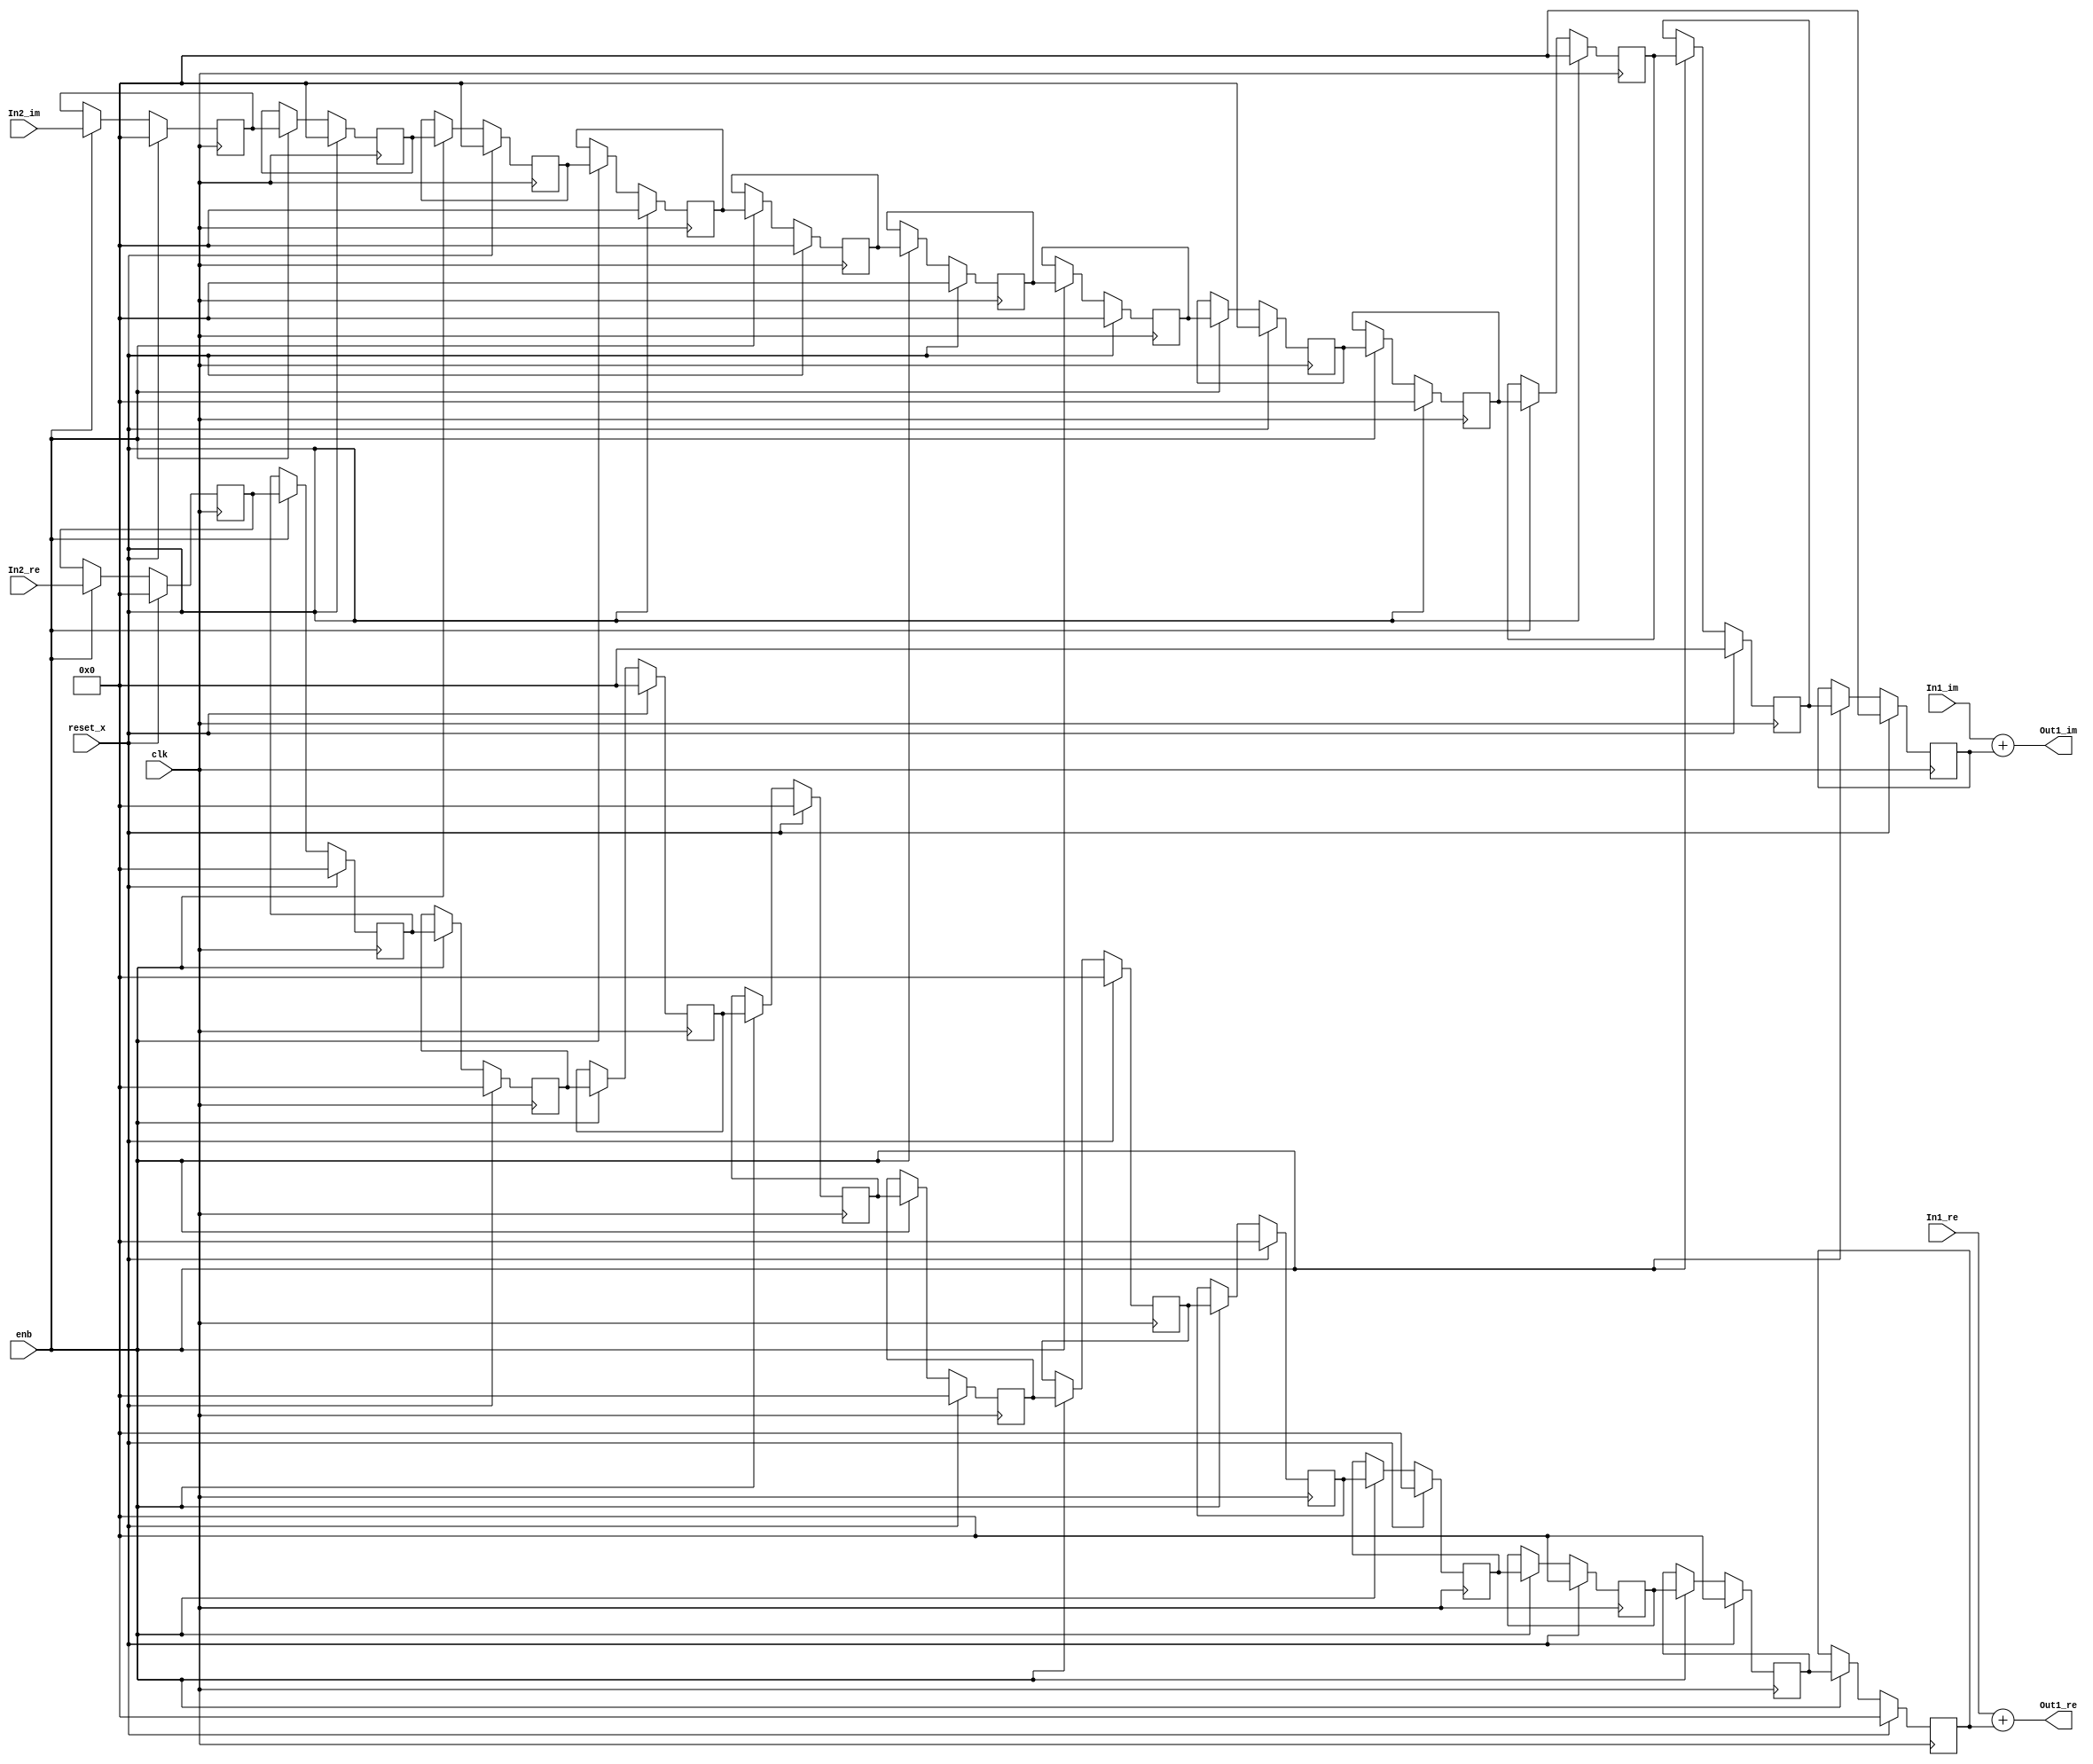
// -------------------------------------------------------------
// 
// 
// Generated by MATLAB 9.8 and HDL Coder 3.16
// 
// -------------------------------------------------------------


// -------------------------------------------------------------
// 
// Module: Complex_Sum3_block16
// Source Path: newhope_cambios/FDHT/DFT_2/DFT10 - block_2/DFT5-row 1/DFT5-3/Complex-Sum3
// Hierarchy Level: 5
// 
// -------------------------------------------------------------

`timescale 1 ns / 1 ns

module Complex_Sum3_block16
          (clk,
           reset_x,
           enb,
           In1_re,
           In1_im,
           In2_re,
           In2_im,
           Out1_re,
           Out1_im);


  input   clk;
  input   reset_x;
  input   enb;
  input   signed [36:0] In1_re;  // sfix37_En22
  input   signed [36:0] In1_im;  // sfix37_En22
  input   signed [36:0] In2_re;  // sfix37_En22
  input   signed [36:0] In2_im;  // sfix37_En22
  output  signed [36:0] Out1_re;  // sfix37_En22
  output  signed [36:0] Out1_im;  // sfix37_En22


  reg signed [36:0] delayMatch_reg [0:11];  // sfix37 [12]
  wire signed [36:0] delayMatch_reg_next [0:11];  // sfix37_En22 [12]
  wire signed [36:0] Complex_to_Real_Imag2_out1;  // sfix37_En22
  wire signed [36:0] Sum_out1;  // sfix37_En22
  reg signed [36:0] delayMatch1_reg [0:11];  // sfix37 [12]
  wire signed [36:0] delayMatch1_reg_next [0:11];  // sfix37_En22 [12]
  wire signed [36:0] Complex_to_Real_Imag2_out2;  // sfix37_En22
  wire signed [36:0] Sum1_out1;  // sfix37_En22


  always @(posedge clk)
    begin : delayMatch_process
      if (reset_x == 1'b1) begin
        delayMatch_reg[0] <= 37'sh0000000000;
        delayMatch_reg[1] <= 37'sh0000000000;
        delayMatch_reg[2] <= 37'sh0000000000;
        delayMatch_reg[3] <= 37'sh0000000000;
        delayMatch_reg[4] <= 37'sh0000000000;
        delayMatch_reg[5] <= 37'sh0000000000;
        delayMatch_reg[6] <= 37'sh0000000000;
        delayMatch_reg[7] <= 37'sh0000000000;
        delayMatch_reg[8] <= 37'sh0000000000;
        delayMatch_reg[9] <= 37'sh0000000000;
        delayMatch_reg[10] <= 37'sh0000000000;
        delayMatch_reg[11] <= 37'sh0000000000;
      end
      else begin
        if (enb) begin
          delayMatch_reg[0] <= delayMatch_reg_next[0];
          delayMatch_reg[1] <= delayMatch_reg_next[1];
          delayMatch_reg[2] <= delayMatch_reg_next[2];
          delayMatch_reg[3] <= delayMatch_reg_next[3];
          delayMatch_reg[4] <= delayMatch_reg_next[4];
          delayMatch_reg[5] <= delayMatch_reg_next[5];
          delayMatch_reg[6] <= delayMatch_reg_next[6];
          delayMatch_reg[7] <= delayMatch_reg_next[7];
          delayMatch_reg[8] <= delayMatch_reg_next[8];
          delayMatch_reg[9] <= delayMatch_reg_next[9];
          delayMatch_reg[10] <= delayMatch_reg_next[10];
          delayMatch_reg[11] <= delayMatch_reg_next[11];
        end
      end
    end

  assign Complex_to_Real_Imag2_out1 = delayMatch_reg[11];
  assign delayMatch_reg_next[0] = In2_re;
  assign delayMatch_reg_next[1] = delayMatch_reg[0];
  assign delayMatch_reg_next[2] = delayMatch_reg[1];
  assign delayMatch_reg_next[3] = delayMatch_reg[2];
  assign delayMatch_reg_next[4] = delayMatch_reg[3];
  assign delayMatch_reg_next[5] = delayMatch_reg[4];
  assign delayMatch_reg_next[6] = delayMatch_reg[5];
  assign delayMatch_reg_next[7] = delayMatch_reg[6];
  assign delayMatch_reg_next[8] = delayMatch_reg[7];
  assign delayMatch_reg_next[9] = delayMatch_reg[8];
  assign delayMatch_reg_next[10] = delayMatch_reg[9];
  assign delayMatch_reg_next[11] = delayMatch_reg[10];



  assign Sum_out1 = In1_re + Complex_to_Real_Imag2_out1;



  assign Out1_re = Sum_out1;

  always @(posedge clk)
    begin : delayMatch1_process
      if (reset_x == 1'b1) begin
        delayMatch1_reg[0] <= 37'sh0000000000;
        delayMatch1_reg[1] <= 37'sh0000000000;
        delayMatch1_reg[2] <= 37'sh0000000000;
        delayMatch1_reg[3] <= 37'sh0000000000;
        delayMatch1_reg[4] <= 37'sh0000000000;
        delayMatch1_reg[5] <= 37'sh0000000000;
        delayMatch1_reg[6] <= 37'sh0000000000;
        delayMatch1_reg[7] <= 37'sh0000000000;
        delayMatch1_reg[8] <= 37'sh0000000000;
        delayMatch1_reg[9] <= 37'sh0000000000;
        delayMatch1_reg[10] <= 37'sh0000000000;
        delayMatch1_reg[11] <= 37'sh0000000000;
      end
      else begin
        if (enb) begin
          delayMatch1_reg[0] <= delayMatch1_reg_next[0];
          delayMatch1_reg[1] <= delayMatch1_reg_next[1];
          delayMatch1_reg[2] <= delayMatch1_reg_next[2];
          delayMatch1_reg[3] <= delayMatch1_reg_next[3];
          delayMatch1_reg[4] <= delayMatch1_reg_next[4];
          delayMatch1_reg[5] <= delayMatch1_reg_next[5];
          delayMatch1_reg[6] <= delayMatch1_reg_next[6];
          delayMatch1_reg[7] <= delayMatch1_reg_next[7];
          delayMatch1_reg[8] <= delayMatch1_reg_next[8];
          delayMatch1_reg[9] <= delayMatch1_reg_next[9];
          delayMatch1_reg[10] <= delayMatch1_reg_next[10];
          delayMatch1_reg[11] <= delayMatch1_reg_next[11];
        end
      end
    end

  assign Complex_to_Real_Imag2_out2 = delayMatch1_reg[11];
  assign delayMatch1_reg_next[0] = In2_im;
  assign delayMatch1_reg_next[1] = delayMatch1_reg[0];
  assign delayMatch1_reg_next[2] = delayMatch1_reg[1];
  assign delayMatch1_reg_next[3] = delayMatch1_reg[2];
  assign delayMatch1_reg_next[4] = delayMatch1_reg[3];
  assign delayMatch1_reg_next[5] = delayMatch1_reg[4];
  assign delayMatch1_reg_next[6] = delayMatch1_reg[5];
  assign delayMatch1_reg_next[7] = delayMatch1_reg[6];
  assign delayMatch1_reg_next[8] = delayMatch1_reg[7];
  assign delayMatch1_reg_next[9] = delayMatch1_reg[8];
  assign delayMatch1_reg_next[10] = delayMatch1_reg[9];
  assign delayMatch1_reg_next[11] = delayMatch1_reg[10];



  assign Sum1_out1 = In1_im + Complex_to_Real_Imag2_out2;



  assign Out1_im = Sum1_out1;

endmodule  // Complex_Sum3_block16